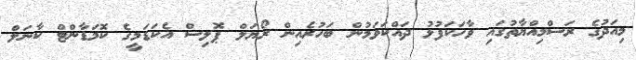
މިއަދުގެ ރަސްމިއްޔާތުގައި ވާހަކަފުޅު ދައްކަވަމުން ބަހުރެއިން ރޯޔަލް ޕޮލިސް އެކަޑަމީގެ ކޮމަޑާންޓް ކާނަލް